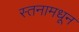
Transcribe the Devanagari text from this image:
स्तनामधून